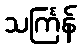
သင်္ကြန်